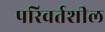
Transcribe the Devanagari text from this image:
परिवर्तशील